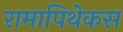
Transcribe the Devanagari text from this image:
रामापिथेकस